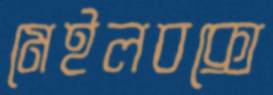
মেইলবক্সে